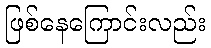
ဖြစ်နေကြောင်းလည်း